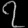
Digit: ၇